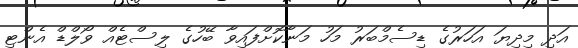
އަދި މިދިޔަ އަހަރުގެ ޑިސެމްބަރު މަހު މަނާކޮށްފައިވާ ބޭހުގެ ލިސްޓެއް ވޯލްޑް އެންޓި